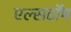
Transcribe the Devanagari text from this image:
एल्सटॉम